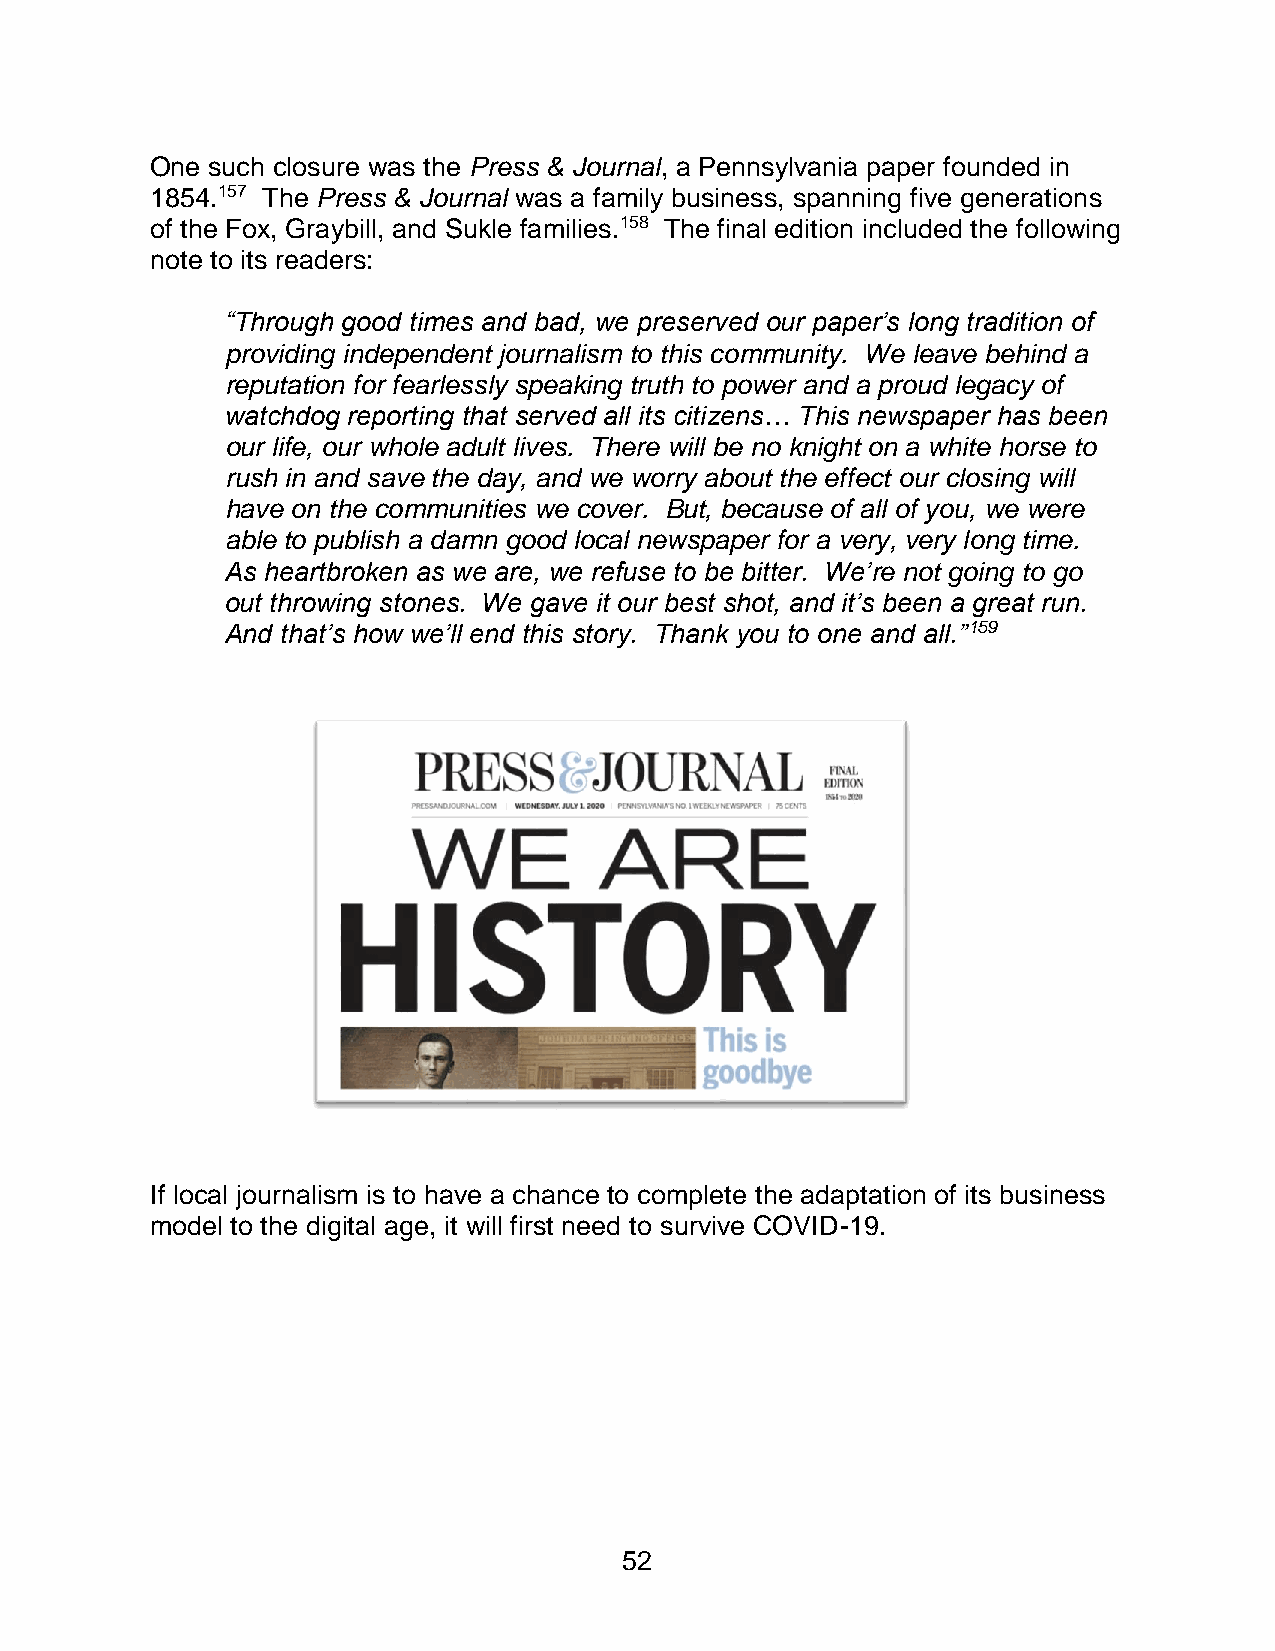
One such closure was the Press & Journal, a Pennsylvania paper founded in
 1854.157 The Press & Journal was a family business, spanning five generations
 of the Fox, Graybill, and Sukle families.158 The final edition included the following
 note to its readers:
 “Through good times and bad, we preserved our paper’s long tradition of
 providing independent journalism to this community. We leave behind a
 reputation for fearlessly speaking truth to power and a proud legacy of
 watchdog reporting that served all its citizens… This newspaper has been
 our life, our whole adult lives. There will be no knight on a white horse to
 rush in and save the day, and we worry about the effect our closing will
 have on the communities we cover. But, because of all of you, we were
 able to publish a damn good local newspaper for a very, very long time.
 As heartbroken as we are, we refuse to be bitter. We’re not going to go
 out throwing stones. We gave it our best shot, and it’s been a great run.
 And that’s how we’ll end this story. Thank you to one and all.”159
 If local journalism is to have a chance to complete the adaptation of its business
 model to the digital age, it will first need to survive COVID-19.
 52